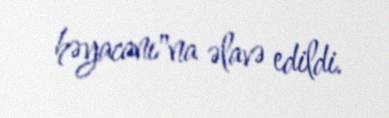
həyacanı"na əlavə edildi.